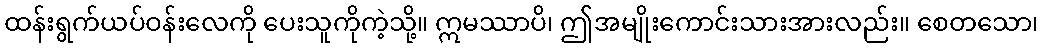
ထန်းရွက်ယပ်ဝန်းလေကို ပေးသူကိုကဲ့သို့။ ဣမဿာပိ၊ ဤအမျိုးကောင်းသားအားလည်း။ စေတသော၊